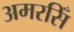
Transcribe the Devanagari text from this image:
अमरसिँ